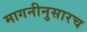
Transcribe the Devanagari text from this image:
मागनीनुसारच